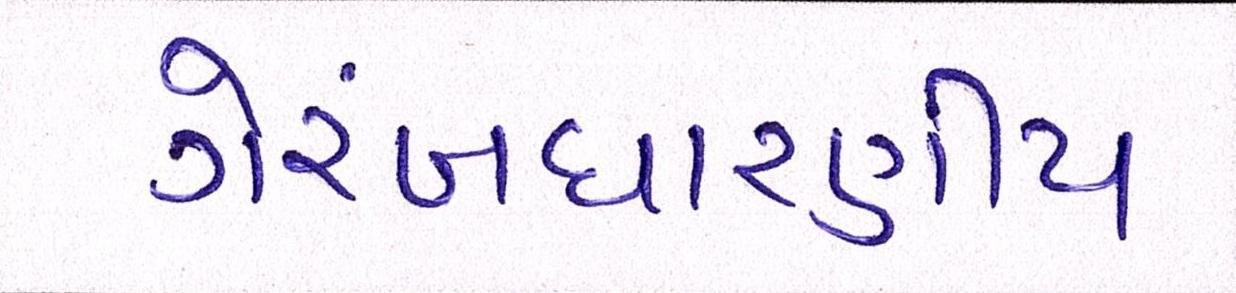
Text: ગેરબંધારણીય